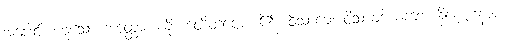
အပေါင်း ဟူသော အတ္ထော၊ ကို။ ဝေဒိတဗ္ဗော၊ ၏။ ဝိသာခေ၊ ဝိသာခဒါယကာ။ နိဂဏ္ဌာနာမ၊